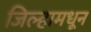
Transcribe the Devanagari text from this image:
जिल्हामधून